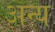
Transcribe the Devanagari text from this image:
अन्य